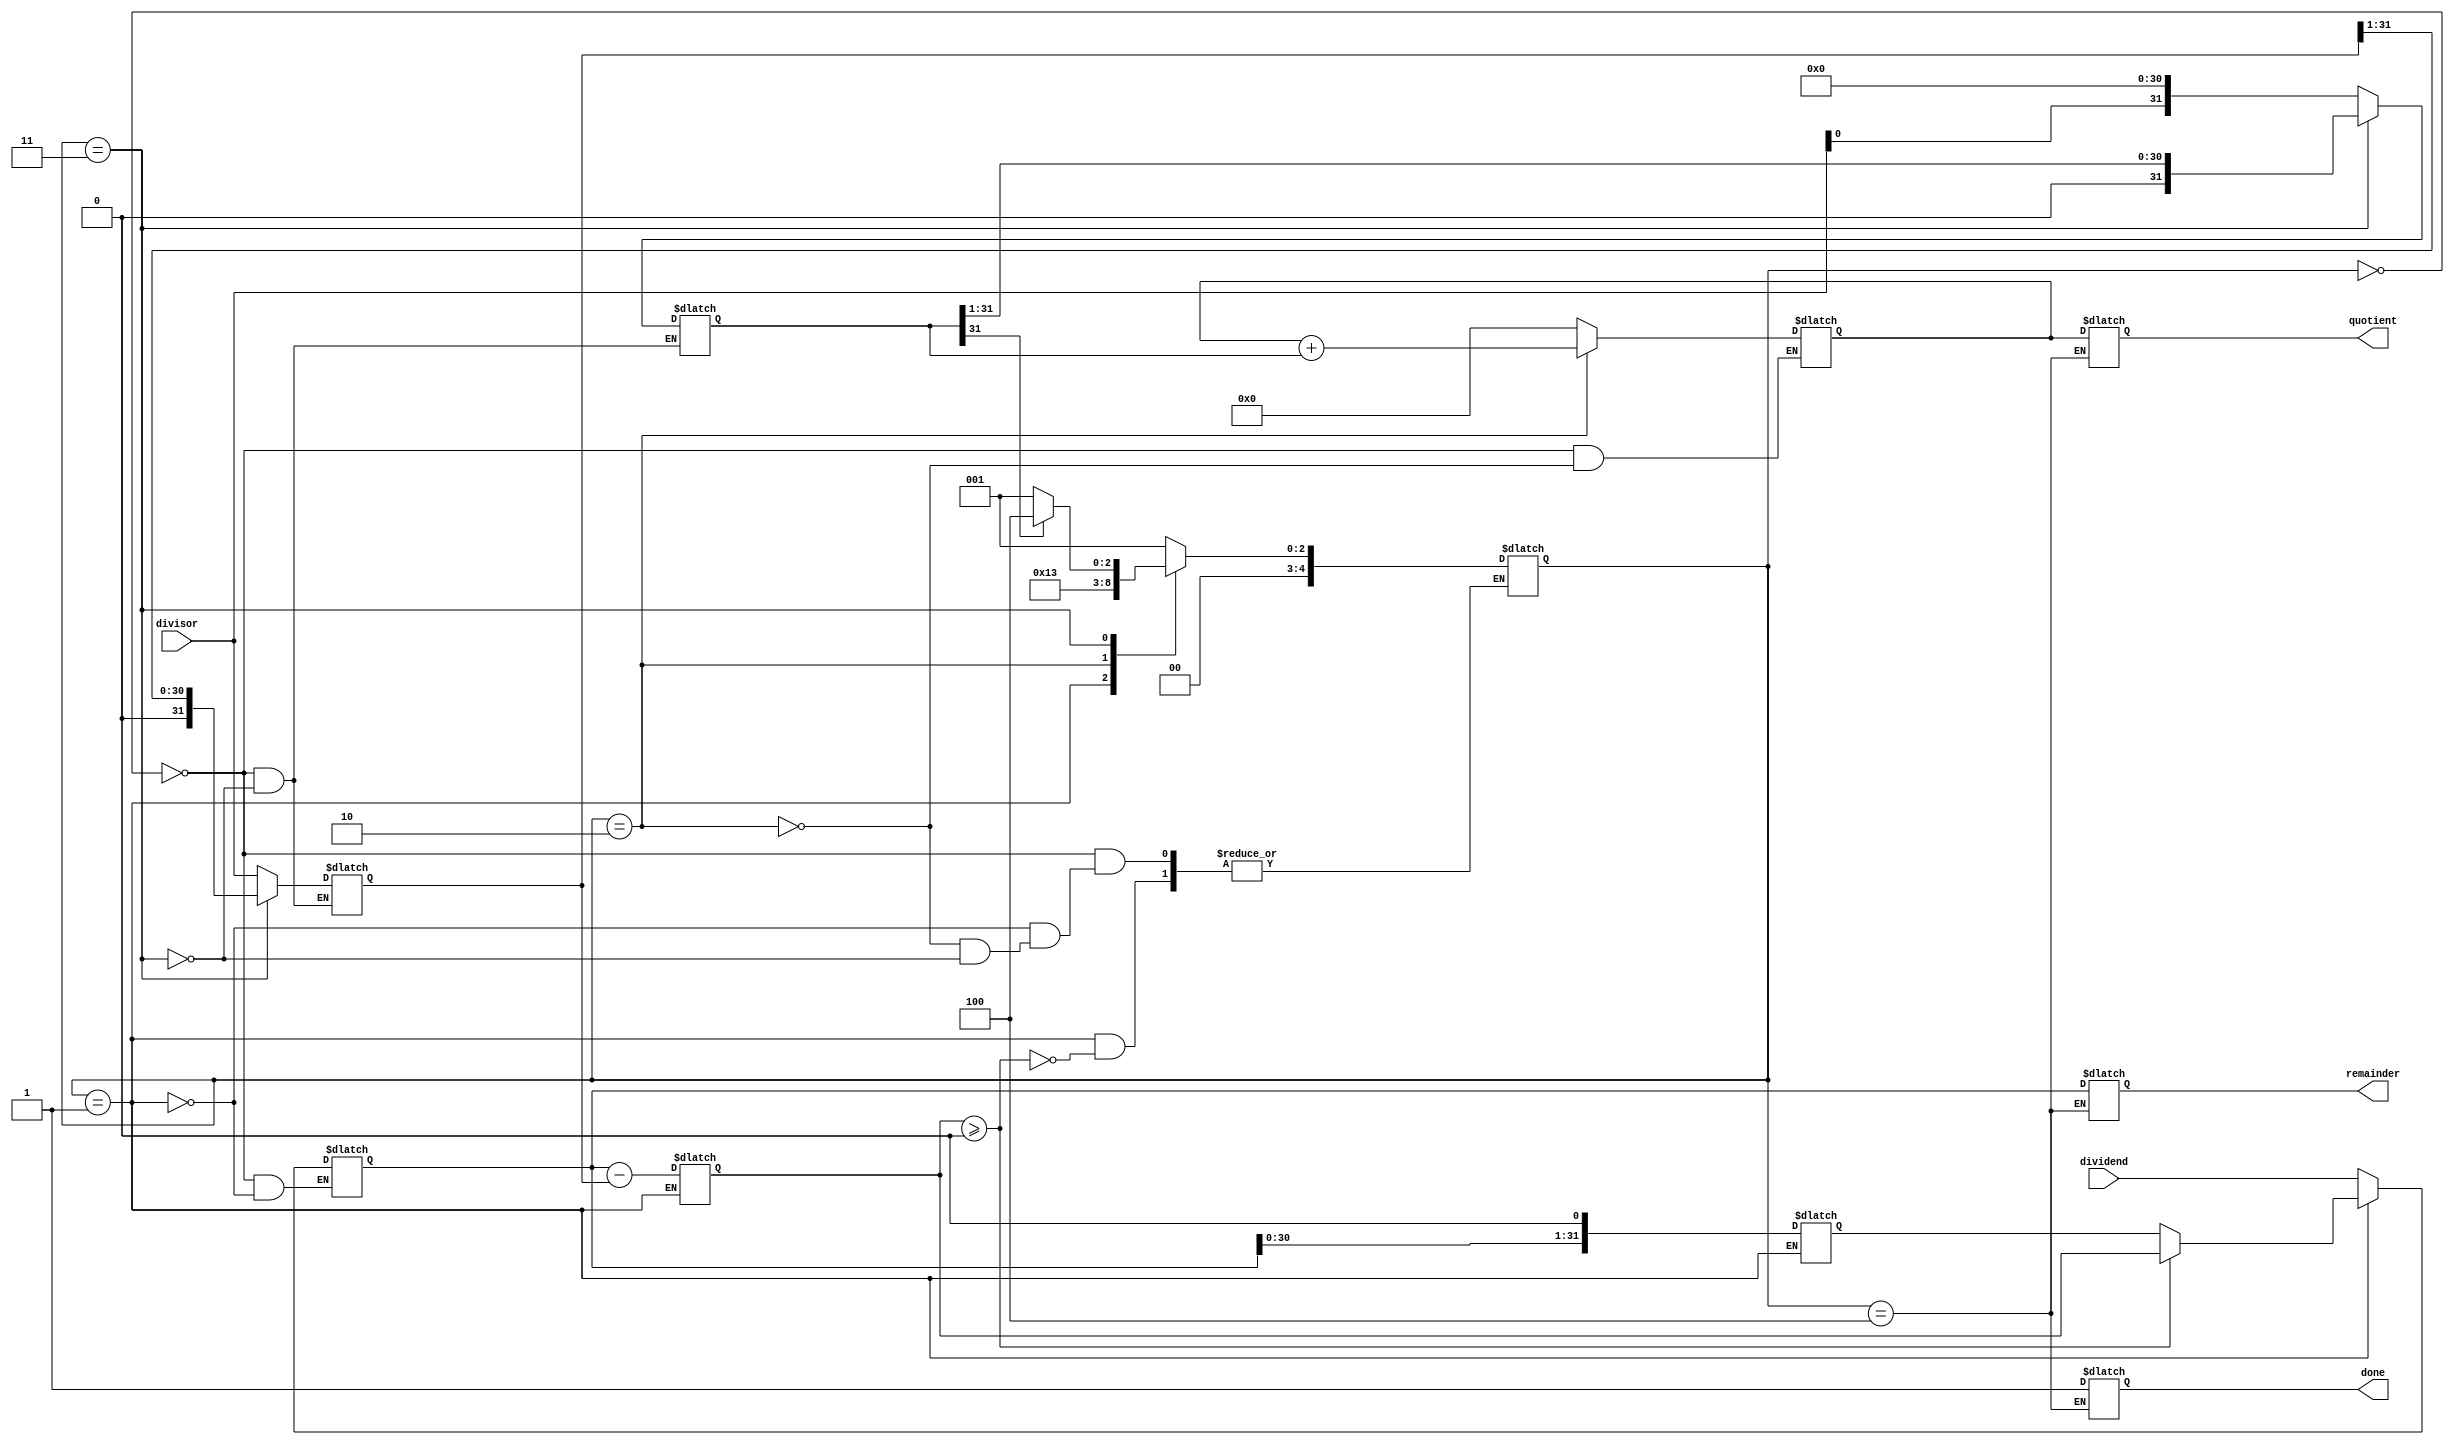
module non_restoring_divider(
    input wire signed [31:0] dividend,
    input wire signed [31:0] divisor,
    output reg signed [31:0] quotient,
    output reg signed [31:0] remainder,
    output reg done
);

reg signed [31:0] divisor_reg;
reg signed [31:0] quotient_reg;
reg signed [31:0] remainder_reg;
reg signed [31:0] subtract_result;
reg signed [31:0] temp_reg;
reg signed [31:0] shift_reg;
reg [4:0] state;

always @(*) begin
    case (state)
        0: begin // Initialization
            divisor_reg <= divisor;
            quotient_reg <= 0;
            remainder_reg <= dividend;
            shift_reg <= divisor << 31;
            state <= 1;
        end
        1: begin // Subtraction
            subtract_result <= remainder_reg - divisor_reg;
            temp_reg <= {1'b0, remainder_reg} << 1;
            if (subtract_result >= 0) begin
                remainder_reg <= subtract_result;
                state <= 2;
            end else begin
                remainder_reg <= temp_reg;
            end
        end
        2: begin // Addition
            quotient_reg <= quotient_reg + shift_reg;
            state <= 3;
        end
        3: begin // Shift and Next Iteration
            shift_reg <= shift_reg >> 1;
            divisor_reg <= divisor_reg >> 1;
            state <= (shift_reg[31] == 1) ? 4 : 1;
        end
        4: begin // Final Iteration
            quotient <= quotient_reg;
            remainder <= remainder_reg;
            done <= 1;
        end
    endcase
end

endmodule